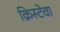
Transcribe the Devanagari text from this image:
क्रिस्टेवा